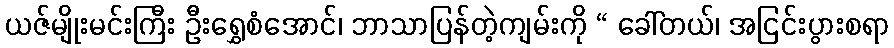
ယဇ်မျိုးမင်းကြီး ဦးရွှေစံအောင်၊ ဘာသာပြန်တဲ့ကျမ်းကို “ ခေါ်တယ်၊ အငြင်းပွားစရာ